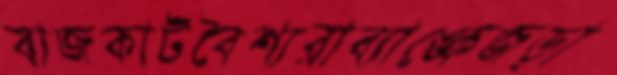
বাজকাটবৈশ্যরাব্যাঙ্কেজড়া